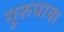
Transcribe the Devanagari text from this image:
गुरुपाया